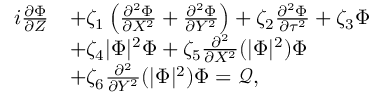
\begin{array} { r l } { i \frac { \partial \Phi } { \partial Z } } & { + \zeta _ { 1 } \left( \frac { \partial ^ { 2 } \Phi } { \partial X ^ { 2 } } + \frac { \partial ^ { 2 } \Phi } { \partial Y ^ { 2 } } \right) + \zeta _ { 2 } \frac { \partial ^ { 2 } \Phi } { \partial \tau ^ { 2 } } + \zeta _ { 3 } \Phi } \\ & { + \zeta _ { 4 } | \Phi | ^ { 2 } \Phi + \zeta _ { 5 } \frac { \partial ^ { 2 } } { \partial X ^ { 2 } } ( | \Phi | ^ { 2 } ) \Phi } \\ & { + \zeta _ { 6 } \frac { \partial ^ { 2 } } { \partial Y ^ { 2 } } ( | \Phi | ^ { 2 } ) \Phi = \mathcal { Q } , } \end{array}